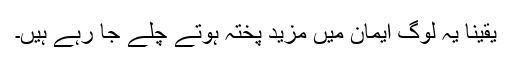
یقینا یہ لوگ ایمان میں مزید پختہ ہوتے چلے جا رہے ہیں۔